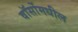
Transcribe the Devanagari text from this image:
वॉर्सोमधील